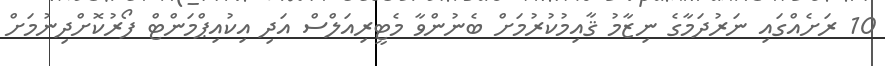
10 ރަށެއްގައި ނަރުދަމާގެ ނިޒާމު ޤާއިމުކުރުމަށް ބެނުންވާ މެޓީރިއަލްސް އަދި އިކުއިޕްމަންޓް ފޯރުކޮށްދިނުމަށް